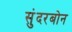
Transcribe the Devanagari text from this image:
सुंदरबोन